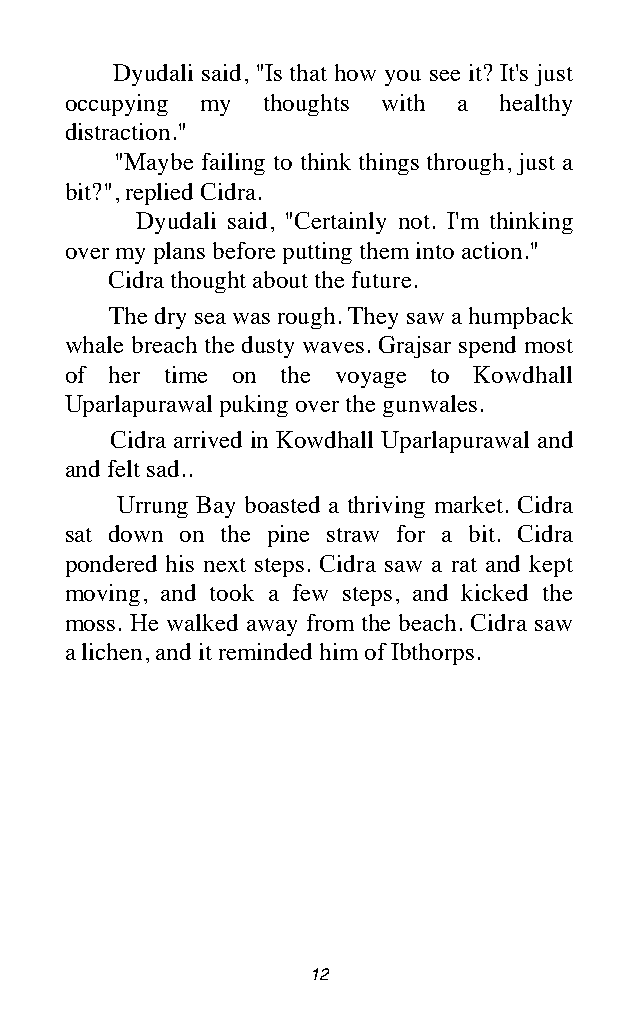
Dyudali said, "Is that how you see it? It's just
 occupying my thoughts with a healthy
 distraction."
 "Maybe failing to think things through, just a
 bit?", replied Cidra.
 Dyudali said, "Certainly not. I'm thinking
 over my plans before putting them into action."
 Cidra thought about the future.
 The dry sea was rough. They saw a humpback
 whale breach the dusty waves. Grajsar spend most
 of her time on the voyage to Kowdhall
 Uparlapurawal puking over the gunwales.
 Cidra arrived in Kowdhall Uparlapurawal and
 and felt sad..
 Urrung Bay boasted a thriving market. Cidra
 sat down on the pine straw for a bit. Cidra
 pondered his next steps. Cidra saw a rat and kept
 moving, and took a few steps, and kicked the
 moss. He walked away from the beach. Cidra saw
 a lichen, and it reminded him of Ibthorps.
 12